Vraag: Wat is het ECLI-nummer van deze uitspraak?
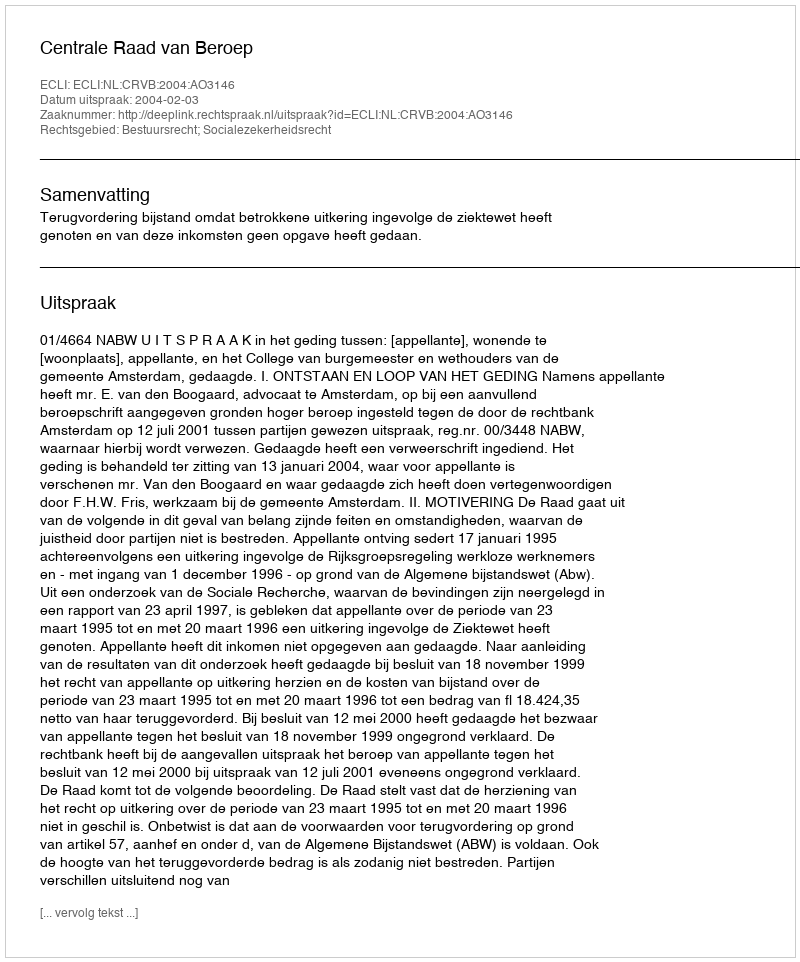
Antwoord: ECLI:NL:CRVB:2004:AO3146